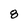
Character: 8